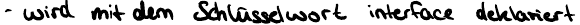
- wird mit dem Schlüsselwort interface deklariert